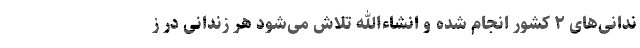
ندانی‌های ۲ کشور انجام شده و انشاءالله تلاش می‌شود هر زندانی در ز